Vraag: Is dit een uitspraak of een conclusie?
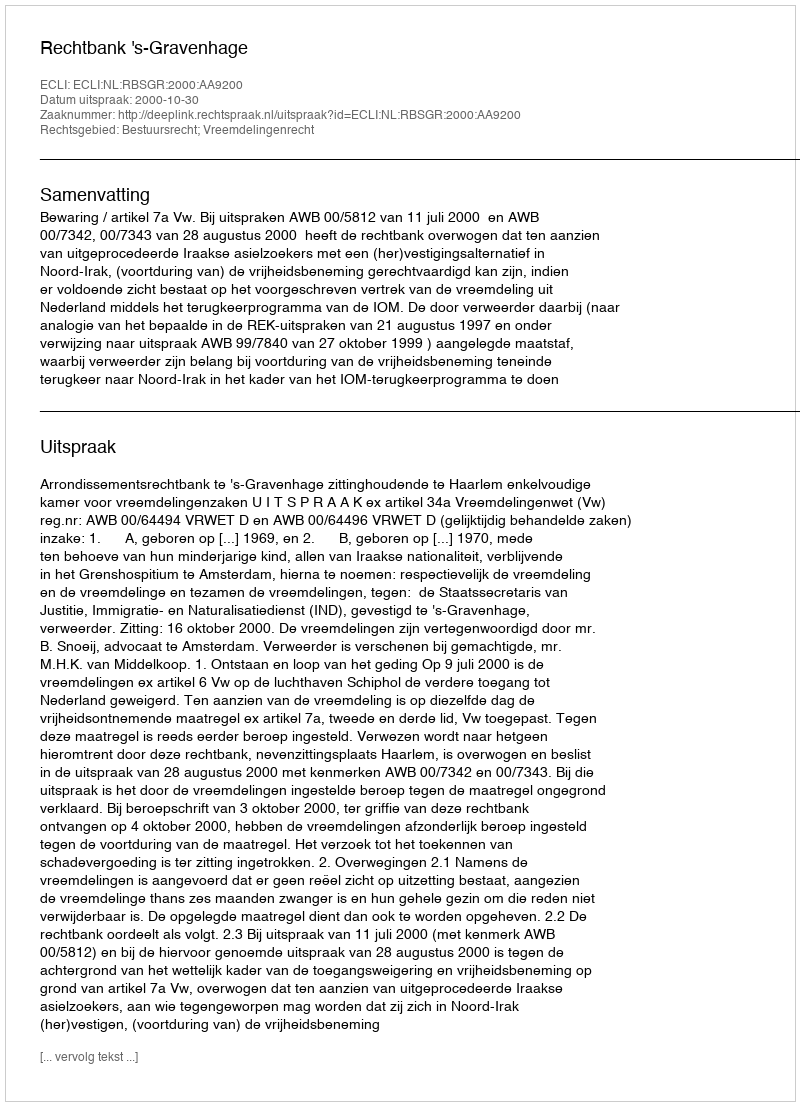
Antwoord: Uitspraak